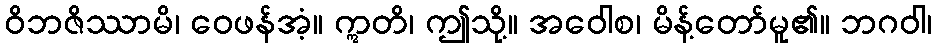
ဝိဘဇိဿာမိ၊ ဝေဖန်အံ့။ ဣတိ၊ ဤသို့။ အဝေါစ၊ မိန့်တော်မူ၏။ ဘဂဝါ၊